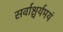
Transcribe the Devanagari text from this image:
सर्वाश्चर्यमयं